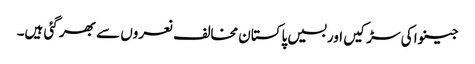
جینوا کی سڑکیں اوربسیں پاکستان مخالف نعروں سے بھر گئی ہیں۔